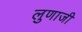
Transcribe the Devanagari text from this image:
लुणाजी